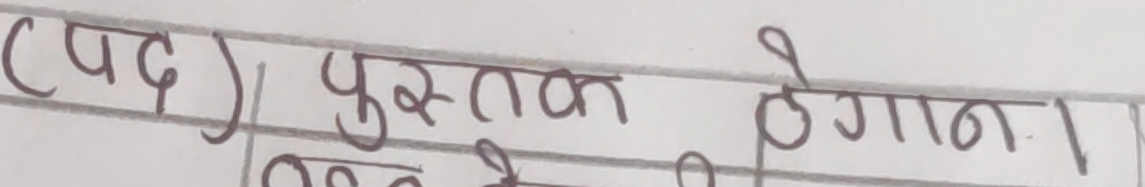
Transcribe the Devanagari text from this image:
(पद), पुस्तक बेगाना।